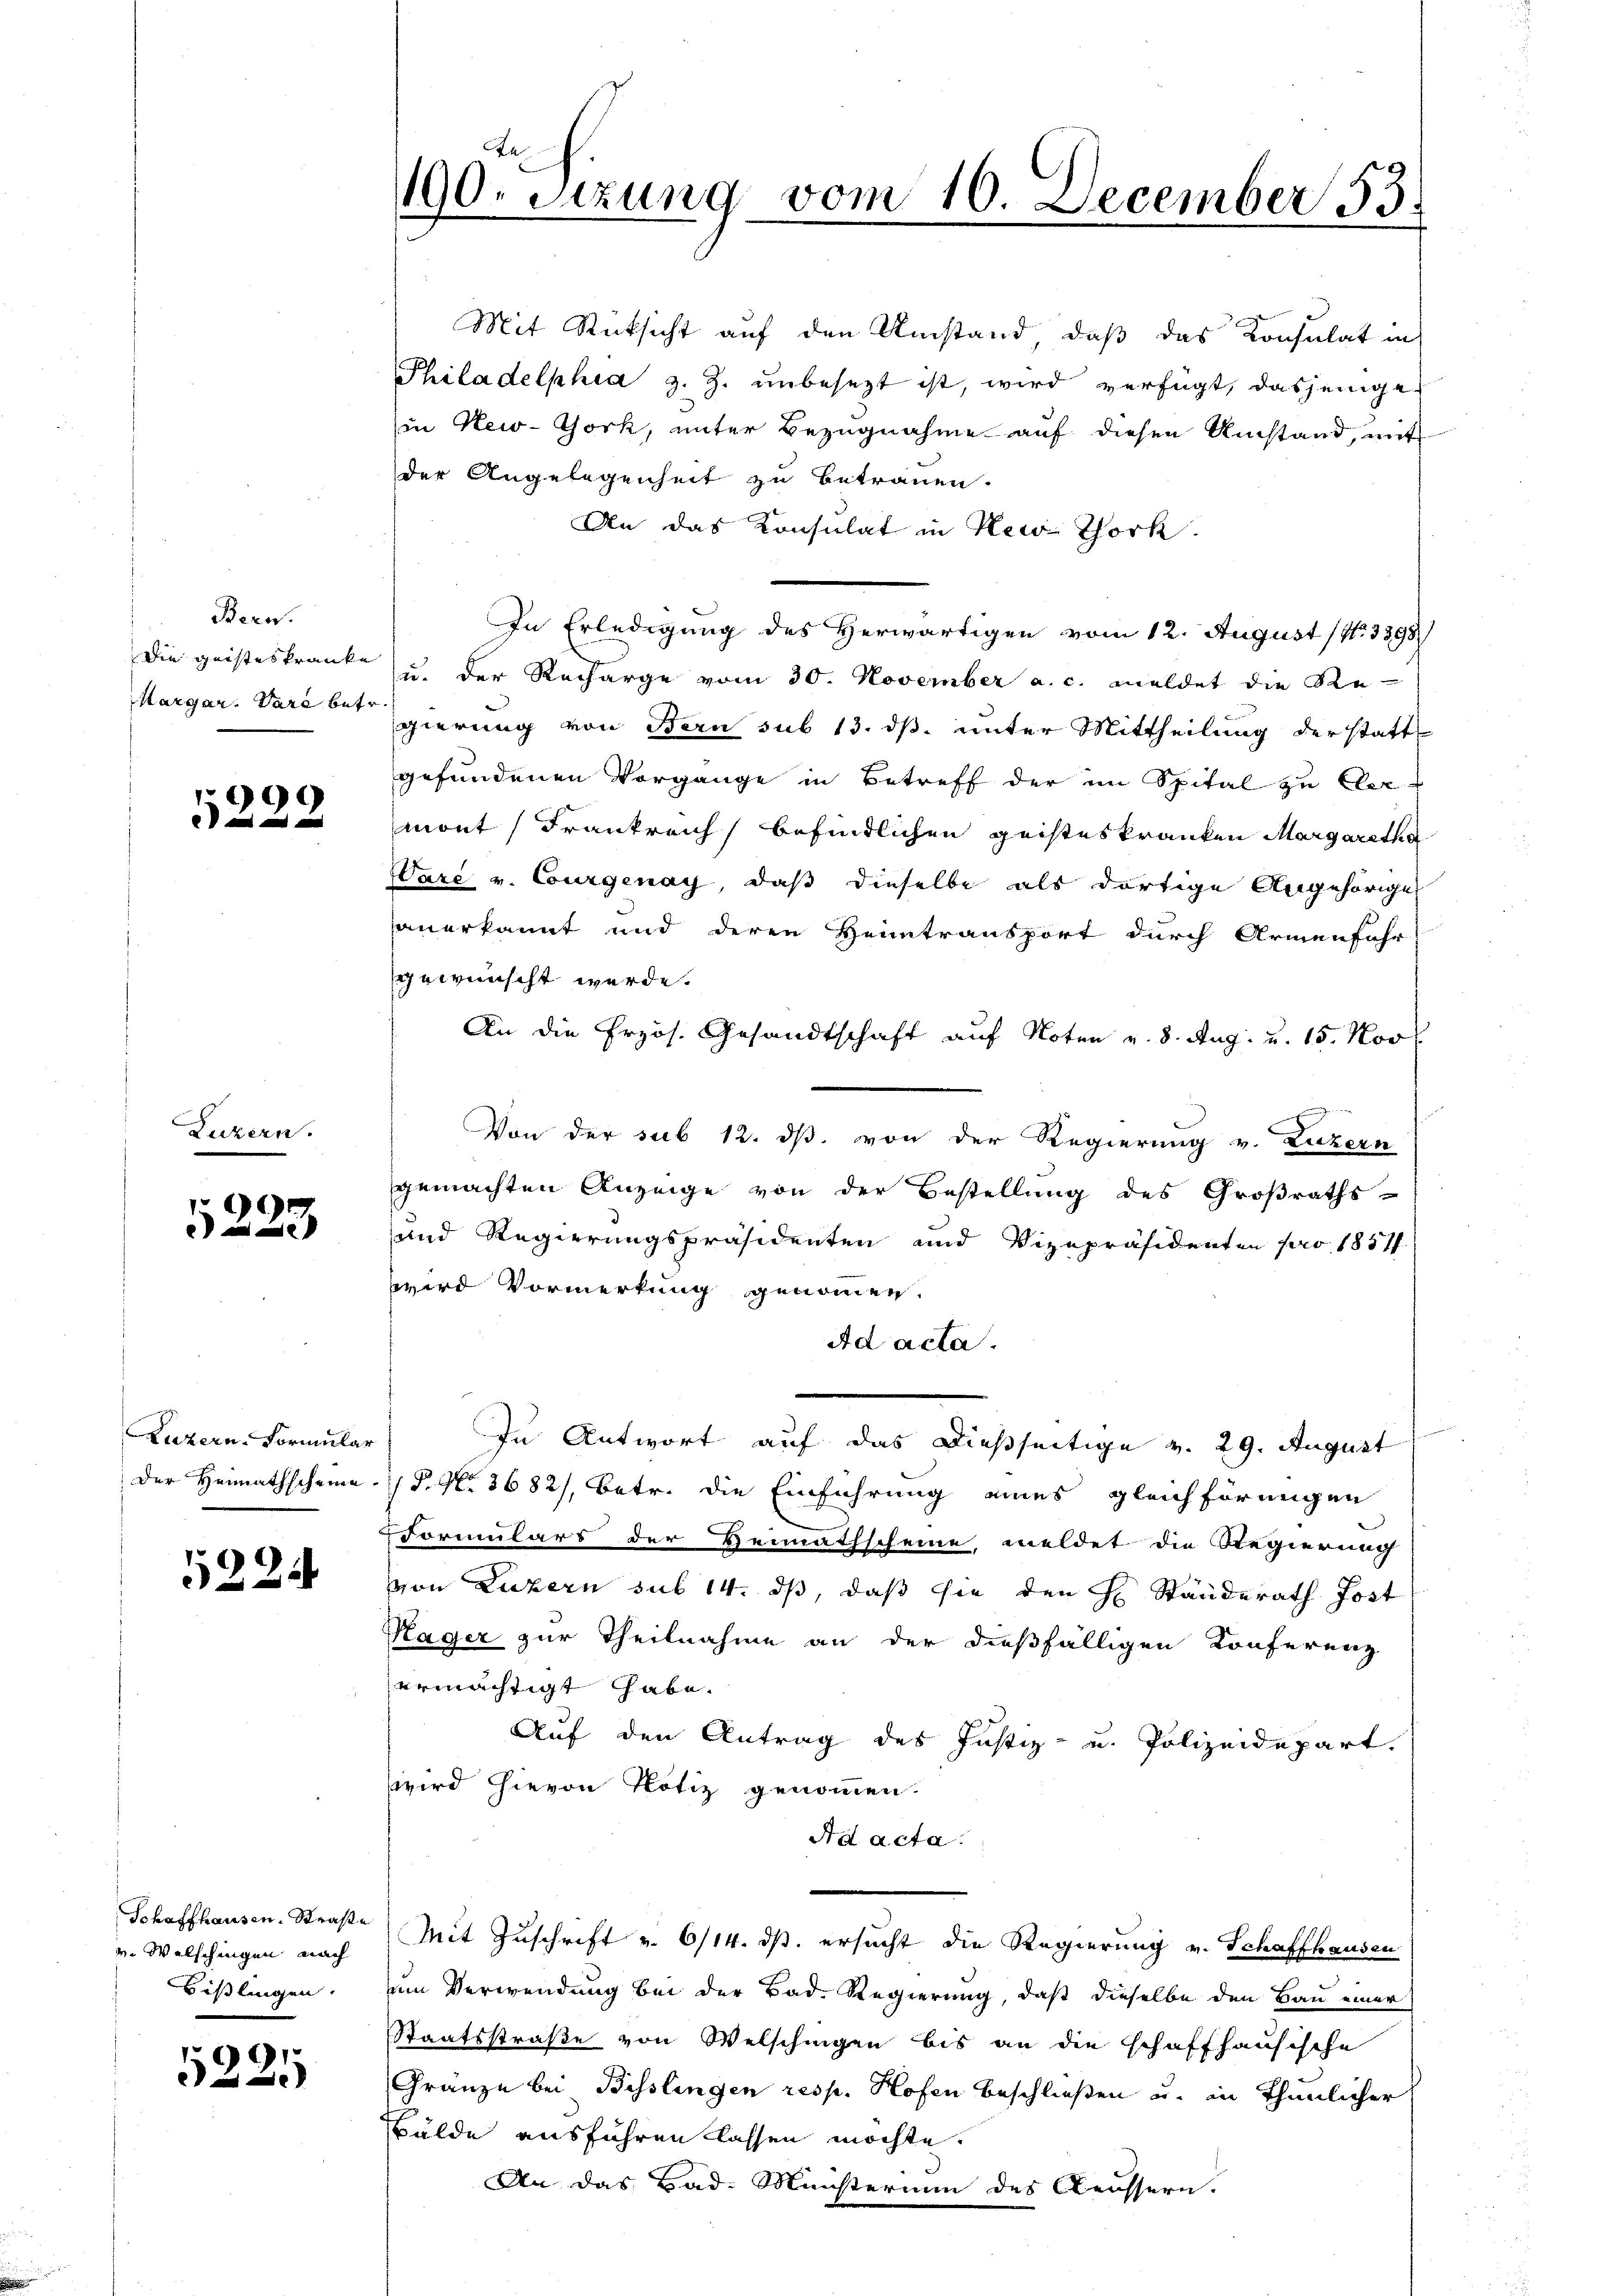
Bern.
Die geisteskranke
Margar. Ware bet

999

Luzern.

)
e

Luzern Formular
Der Heimathscheine.

5224

Schaffhausen. Straße
v. Welschingen nach
Bißlingen.

5225

190. Sitzung vom 10. December 53.

Mit Rücksicht auf den Umstand, daß das Konsulat in
Philadelphia z. Z. unbesezt ist, wird verfügt, dasjenige
in New-York, unter Bezugnahme auf diesen Umstand, mit
der Angelegenheit zu betrauen.
An das Konsulat in Newo Thork
In Erledigung des Herwärtigen vom 12. August (Nr. 3398)
u. der Recharge vom 30. November a. c. meldet die Re-
gierung von Bern sub 13. ds unter Mittheilung der statt
gefundenen Vorgänge in Betreff der im Spital zu Cler-
mont Frankreich befindlichen geisteskranken Margaretha
Vare v. Courgenay, daß dieselbe als dortige Angehörige
anerkannt und deren Heimtransport durch Armenfahr
gewünscht werde.
An die Erzös. Gesandtschaft auf Noten v. 8. Aug. u. 15. Nov
Von der sub 12. ds. von der Regierung v. Luzern
gemachten Anzeige von der Bestellung des Großraths-
und Regierungspräsidenten und Vizepräsidenten pro 1857/
wird Vormerkung genommen.
Ad acta.
In Antwort auf das dießseitige v. 29. August
P. Nr. 3682), betr. die Einführung eines gleichförmigen
Formulars der Heimathscheine, meldet die Regierung
von Luzern sub 14. ds, daß sie den H. Ständerath Jost
Kager zur Theilnahme an der dießfälligen Konferenz
ermächtigt habe.
Auf den Antrag des Justiz- u. Polizeidepart.
wird hievon Notiz genommen.
Ad acta.
Mit Zuschrift u. 6/14. ds. ersucht die Regierung v. Schaffhausen
e
um Verwendung bei der Bad. Regierung, daß dieselbe den Bau einer
Staatsstraße von Welschingen bis an die schaffhausische
Granze bei Bisslingen resp. Hofen beschließen u. in Thunlicher
Bälde ausführen lassen möchte.
An das Bad- Münsterium des Aeussern.